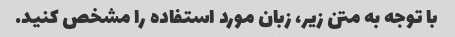
با توجه به متن زیر، زبان مورد استفاده را مشخص کنید.